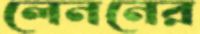
লেননের